Memorandum on the prevention of leprosy by segregation of the affected
Disease focus: Leprosy
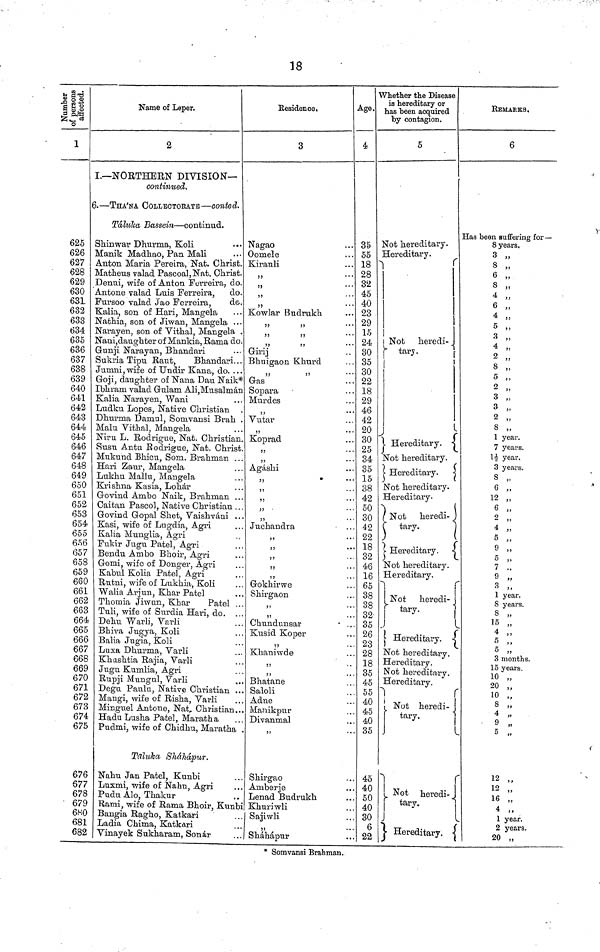
18
Number of peresons affected.
1
625
626
627
628
629
630
63L
632
633
634
635
636
637
638
639
640
641
642
643
644
645
646
647
648
649
650
651
652
653
654
655
656
657
658
659
660
661
662
663
664
665
666
667
668
669
670
671
672
673
674
675
676
677
678
679
680
681
682
Name of Leper.
2
I.— NORTHERN DIVISION—
continued.
— THA'NA COLLECTORATE — conted.
Taluka Bassein — continud.
Skinwar Dhurnia, Koli
Manik Madhao, Pan Mali
Anton Maria Pereira, Nat. Christ.
Matheus valad Pascoal, Nat. Christ,
Denui, wife of Anton Ferreira, do.
Antone valad Luis Ferreira,
do.
Fursoo valad Jao Ferreira,
do.
Kalia, son of Hari, Mangela
Nathia, son of Jiwan, Mangela ...
Narayen, son of Vithal, Mangela ,
Nani, daughter of Mankia, Rania do.
Gunji Narayan, Bhandari
Sukria Tipu Raut,
Bhandari...
Jumni, wife of Undir Kana, do. ...
Groji, daughter of Nana Dau Naik*
Ibhram valad Gulam Ali,Musalman
Kalia Narayen, Wani
Ludku Lopes, Native Christian
Dhurma Danaul, Sonavansi Brah .
Malu Vithal, Mangela
Niru L. Rodrigue, Nat. Christian.
Susu Antu Rodrigue, Nat. Christ.
Mukund Bhicu, Som. Brahman ...
Hari Zaur, Mangela
Litkhu Mallu, Mangela
Krishna Kasia, Lohar
Govind Ambo Naik, Brahman ...
Caitan Pascol, Native Christian ...
Govind Gopal Shet, Vaishvani ...
Kasi, wife of Lugdia, Agri
Kalia Munglia, Agri
Fukir Jugu Patel, Agri
Bendu Ambo Bhoir, Agri
Gomi, wife of Donger, Agri
Kabul Kolia Patel, Agri
Rutni, wife of Lukhia, Koli
Walia Arjun, Khar Patel
Thomia Jiwun, Khar
Patel ..
Tuli, wife of Surdia Hari, do.
Dehu Warli, Varli
Bhiva Jugya, Koli
Balia Jugia, Koli
Luxa Dhurma, Varli
Khushtia Rajia, Varli
Jugu Kumlia, Agri
Rupji Mungul, Varli
Degu Paulu, Native Christian ..
Mangi, wife of Risha, Varli
Minguel Antone, Nat, Christian..
Hadu Lusha Patel, Maratha
Pudmi, wife of Chidliu, Maratha
Tflluka Shahapur.
Nahu Jan Patel, Kunbi
Luxmi, wife of Nahu, Agri
Pudu Alo, Thakur
Rand, wife of Rama Bhoir, Kunb
Bangia Ragho, Katkari
Ladia Chima, Katkari
Vinayek Sukharam, Sonar
Residence,
3
Nagao
Oomele
Kirauli
"
"
"
"
Kowlar Budrukh
"
"
Girij
Bhuigaon Khurd
"
Gas
Sopara
Murdes
"
Vutar
"
Koprad
Agashi
"
"
Juchandra
"
Gokhirwe
Shirgaon
"
Chundunsar
Kusid Koper
"
Khaniwde
"
"
Bhatane
Saloli
Adne
Manikpur
Divanmal
Shirgao
Amberje
Lenad Budrukh
Khuriwli
Sajiwli
"
Shahapur
Age.
4
35
55
18
28
32
45
40
23
29
15
24
30
35
30
22
18
29
46
42
20
30
25
34
35
15
38
42
50
30
42
22
18
32
46
16
65
38
38
32
35
26
23
28
18
35
45
55
40
45
40
35
45
40
50
40
30
6
22
Whether the Disease
is hereditary or
has been acquired
by contagion.
5
Not hereditary.
Hereditary.
1
Not heredi-
Hereditary.
Not hereditary.
Hereditary.
Not hereditary.
Hereditary.
Not
heredi-
tary.
Hereditary.
Not hereditary.
Hereditary,
Not heredi-
tary.
Hereditary.
Not hereditary.
Hereditary.
Not hereditary.
Hereditary.
Not heredi-
tary.
Not heredi-
tary.
Hereditary.
REMARKS,
6
Has been Buffering for—
8 years.
3 "
8 "
6 "
8 "
4 "
6 "
4 "
5 "
3 "
4 "
2 "
8 "
5 "
2 "
3 "
3 "
2 "
8 "
1 year.
1½ year.
3 years.
8 "
6 "
12 "
6 "
2 "
4 "
5 "
9 "
5 "
7 "
9 "
3 "
1 year.
8 years.
8 "
15 "
4 "
5 "
3 moths
15 moths
10 "
20 "
10 "
8 "
4 "
9 "
5 "
12
"
12 "
16 "
4 "
1 year.
2
years.
2
0 "
* Somvansi Brahman.